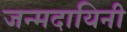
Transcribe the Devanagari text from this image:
जन्मदायिनी